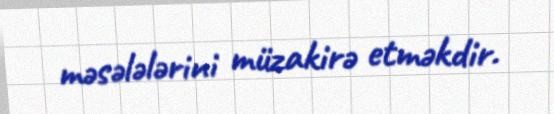
məsələlərini müzakirə etməkdir.